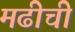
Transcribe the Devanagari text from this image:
मढीची